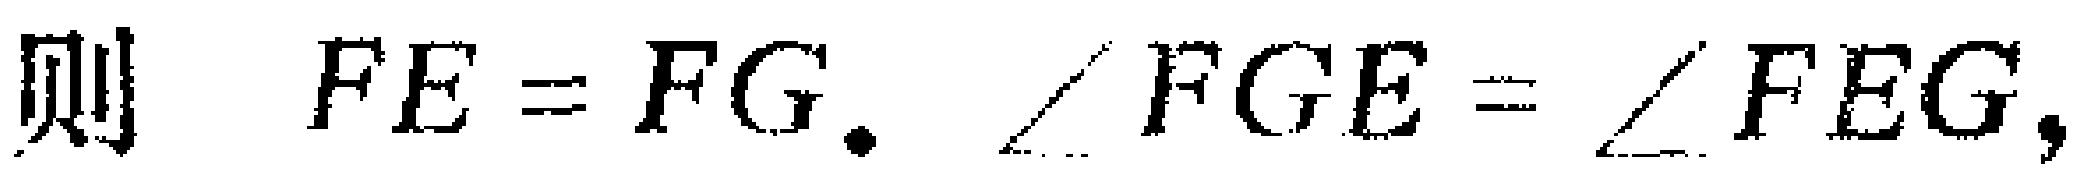
则 \(FE = FG.\ \angle FGE=\angle FEG,\)